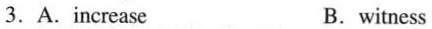
3.A.increase